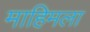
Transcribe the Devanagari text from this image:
माहिमला